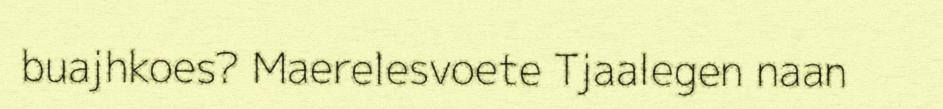
buajhkoes? Maerelesvoete Tjaalegen naan